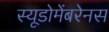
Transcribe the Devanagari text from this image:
स्यूडोमेंबरेनस